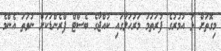
މިގޮތަށް ޅަ އުމުރުގެ ފުރަތަމަ މަރުހަލާގައި ކުއްޖާގެ ބެސްޓް ފްރެންޑަކަށް ނުވަތަ އެންމެ